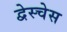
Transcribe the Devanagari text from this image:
द्वेस्चेस